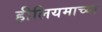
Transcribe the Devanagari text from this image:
हीलियमाच्या